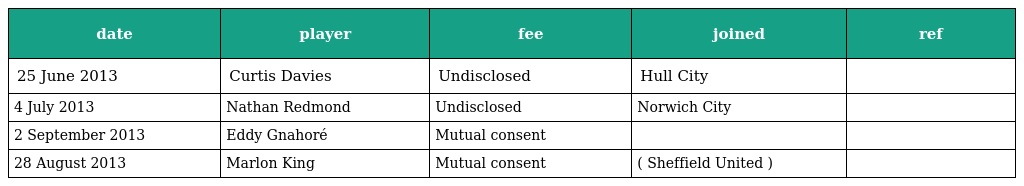
| date | player | fee | joined | ref |
 | --- | --- | --- | --- | --- |
 | 25 June 2013 | Curtis Davies | Undisclosed | Hull City |  |
 | 4 July 2013 | Nathan Redmond | Undisclosed | Norwich City |  |
 | 2 September 2013 | Eddy Gnahoré | Mutual consent |  |  |
 | 28 August 2013 | Marlon King | Mutual consent | ( Sheffield United ) |  |